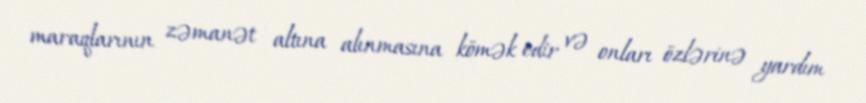
maraqlarının zəmanət altına alınmasına kömək edir və onları özlərinə yardım